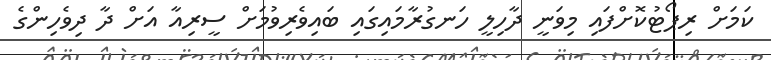
ކަމަށް ރިޕޯޓުކޮށްފައި މިވަނީ ދާހިލީ ހަނގުރާމައިގައި ބައިވެރިވުމަށް ސީރިއާ އަށް ދާ ދިވެހިންގެ